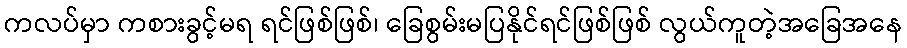
ကလပ်မှာ ကစားခွင့်မရ ရင်ဖြစ်ဖြစ်၊ ခြေစွမ်းမပြနိုင်ရင်ဖြစ်ဖြစ် လွယ်ကူတဲ့အခြေအနေ